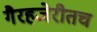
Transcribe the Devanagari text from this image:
गैरहजेरीतच